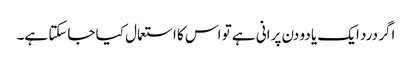
اگر درد ایک یا دو دن پرانی ہے تو اس کا استعمال کیا جاسکتا ہے۔